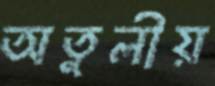
অতুলীয়